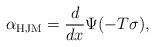
LaTeX: \begin{align*}\alpha_{\rm HJM} = \frac{d}{dx} \Psi(- T \sigma),\end{align*}